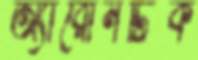
অ্যারোনটিক